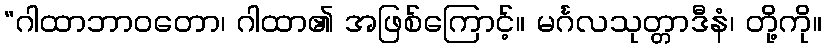
“ဂါထာဘာဝတော၊ ဂါထာ၏ အဖြစ်ကြောင့်။ မင်္ဂလသုတ္တာဒီနံ၊ တို့ကို။